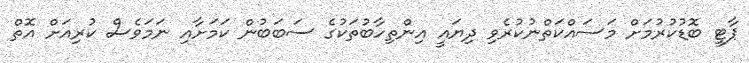
ޕާޓީ ބޮޑުކުރުމަށް މަސައްކަތްނުކުރެވި ދިޔައީ އިންތިހާބުތަކުގެ ސަބަބުން ކަމަށާއި ނަމަވެސް ކުރިއަށް އޮތް